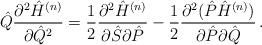
LaTeX: \begin{align*}{\hat Q}\frac{\partial^2 {\hat H}^{(n)}}{\partial {\hat Q}^2} =\frac{1}{2}\frac{\partial^2 {\hat H}^{(n)}}{\partial {\hat S}\partial {\hat P}}-\frac{1}{2}\frac{\partial^2({\hat P}{\hat H}^{(n)})}{\partial{\hat P}\partial{\hat Q}}\,.\end{align*}